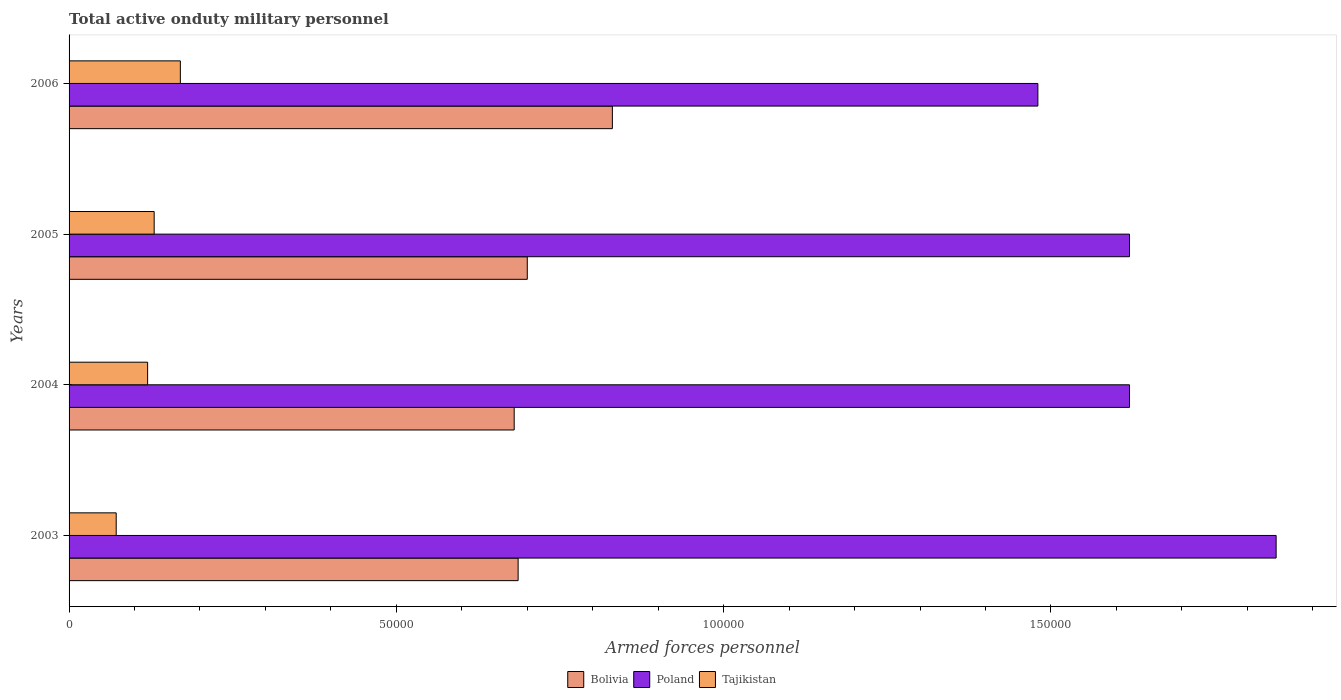
| Years | Bolivia | Poland | Tajikistan |
 | --- | --- | --- | --- |
 | 2003 | 6.86e+04 | 1.84e+05 | 7.2e+03 |
 | 2004 | 6.8e+04 | 1.62e+05 | 1.2e+04 |
 | 2005 | 7e+04 | 1.62e+05 | 1.3e+04 |
 | 2006 | 8.3e+04 | 1.48e+05 | 1.7e+04 |